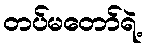
တပ်မတော်ရဲ့